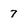
Character: 7